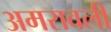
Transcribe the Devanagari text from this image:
अमरावली